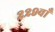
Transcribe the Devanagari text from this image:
२२९वाँ